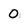
Character: 0